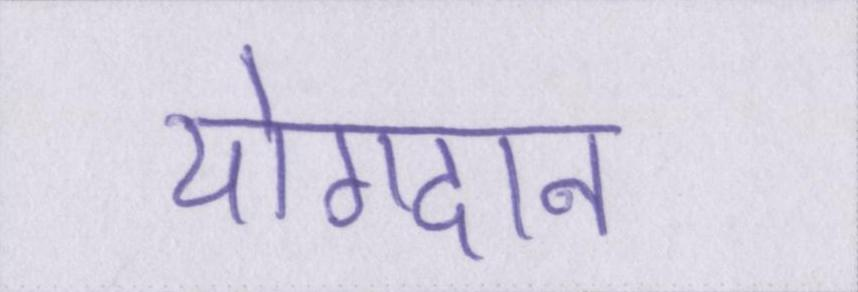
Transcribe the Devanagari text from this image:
योगदान